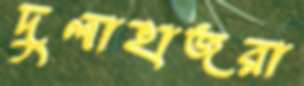
দুলাহাজরা